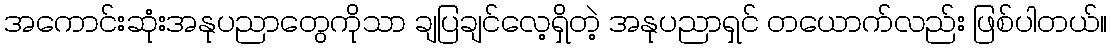
အကောင်းဆုံးအနုပညာတွေကိုသာ ချပြချင်လေ့ရှိတဲ့ အနုပညာရှင် တယောက်လည်း ဖြစ်ပါတယ်။